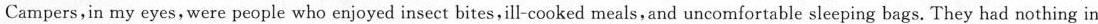
Campers,in my eyes,were people who enjoyed insect bites,ill-cooked meals,and uncomfortable sleeping bags. They had nothing in